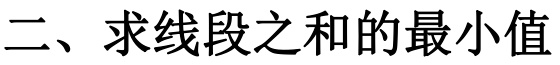
二、求线段之和的最小值